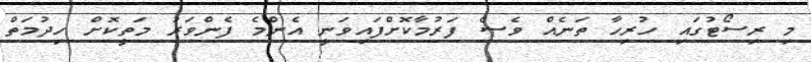
މި ރިސޯޓުގައި ހުރިހާ ތަނެއް ވެސް ފަރުމާކޮށްފައިވަނީ އެންމެ ފެންވަރު މަތީކޮށް ހިދުމަތް